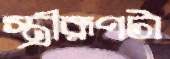
স্ত্রীরূপটা